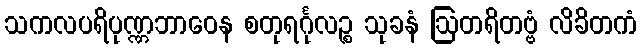
သကလပရိပုဏ္ဏဘာဝေန စတုရင်္ဂုလဉ္စ သုခနံ ဩတရိတဗ္ဗံ လိခိတကံ